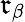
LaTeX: \mathfrak{r}_{\beta}